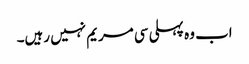
اب وہ پہلی سی مریم نہیں رہیں۔